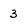
Character: 3